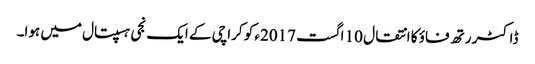
ڈاکٹر رتھ فاؤ کا انتقال 10 اگست 2017ء کو کراچی کے ایک نجی ہسپتال میں ہوا۔